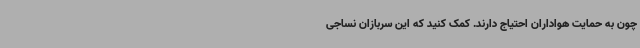
چون به حمایت هواداران احتیاج دارند. کمک کنید که این سربازان نساجی